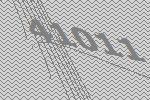
41011